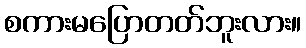
စကားမပြောတတ်ဘူးလား။